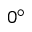
0 ^ { \circ }